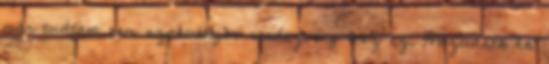
már tudtam nem szokványos rendezvény lesz ez. Hazudnék ha